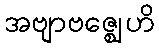
အဗျာဗဇ္ဈေဟိ